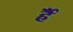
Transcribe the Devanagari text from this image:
र्है